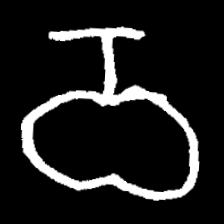
Pyu character \u2014 Myanmar letter: ဝ (romanized: wa)